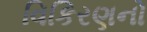
વિકિરણનો